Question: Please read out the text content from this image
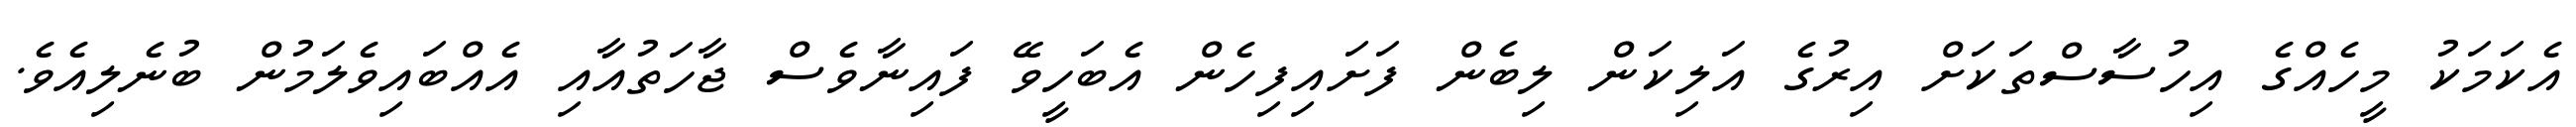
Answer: އެކަމަކު މީހެއްގެ އިހުސާސްތަކަށް އިރުގެ އަލިކަން ލިބެން ފަށައިފިހެން އެބަހީވޭ ފައިނާވެސް ޖާހަތުއާއި އެއްބައިވެލަމުން ބުނެލިއެވެ.